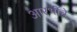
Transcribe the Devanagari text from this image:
आरभींचे